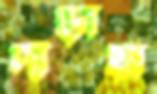
দাঁড়ায়া